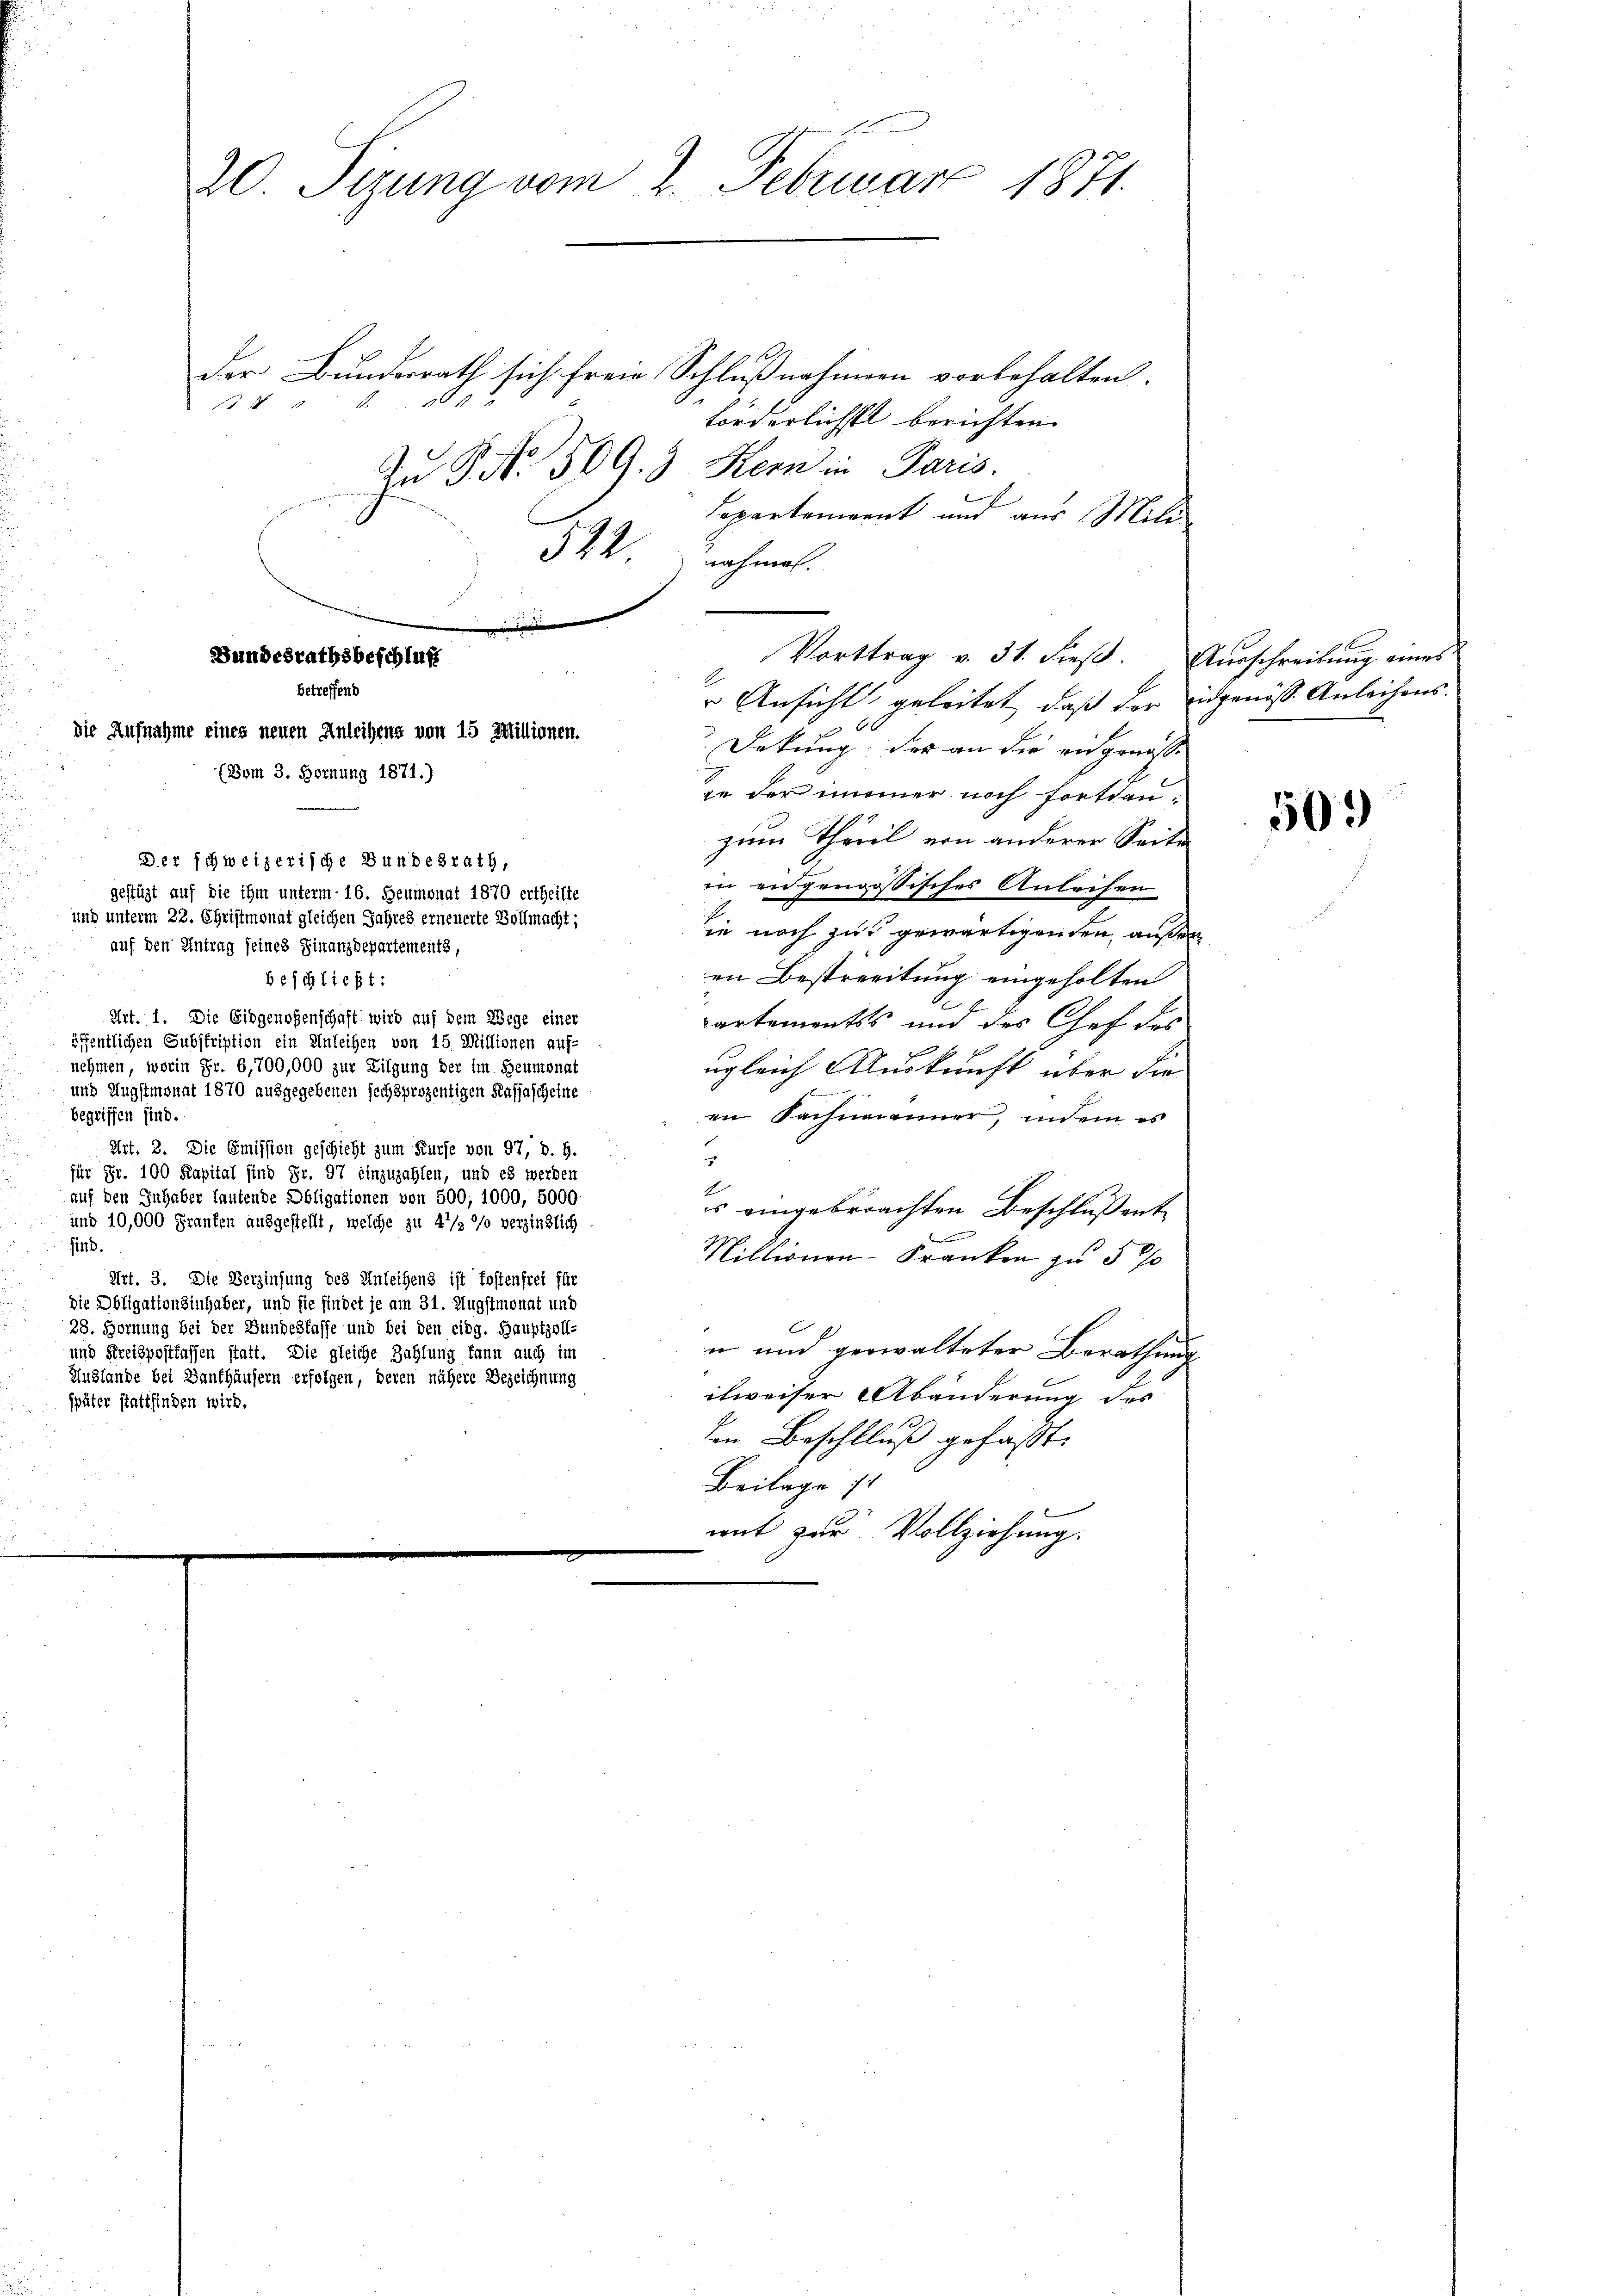
Bundesrathsbeschluß
betreffend
die Aufnahme eines neuen Anleihens von 15 Millionen.
(Bom 3. Hornung 1871.)

20. Sirung vom 2. Februar 1871.

der Bundesrath sich freie Schlußnahmen vorbehalten.
EN 2 f. 11
förderlichst berichten.
Zu P. Nr. 509. 3. Kern in Paris.
Separtement und aus Mili
522 nahmen.
 Ansicht geleitet, daß der eidgenösse Anleihens.
Dekung des an die eidgenöß
ie der immer noch fortden.
zum Theill ein anderer Seite
Der schweizerische Bundesrath,
in angenössisches Anleihen
gestüzt auf die ihm unterm 16. Heumonat 1870 ertheilte
und unterm 22. Christmonat gleichen Jahres erneuerte Vollmacht;
ie noch zu gewärtigenden, außer
auf den Antrag seines Finanzdepartements,
en Bestreitung eingeholten
beschließt:
Art. 1. Die Eidgenoßenschaft wird auf dem Wege einer
Cartements und des Chef des
öffentlichen Subskription ein Anleihen von 15 Millionen auf-
nehmen, worin Fr. 6,700,000 zur Tilgung der im Heumonat
ugleich Auskunft über die
und Augstmonat 1870 ausgegebenen sechsprozentigen Kassascheine
n
begriffen sind.
en Sachmanner, indem es
Art. 2. Die Emission geschieht zum Kurse von 97, d. h.
3
für Fr. 100 Kapital sind Fr. 97 einzuzahlen, und es werden
.
auf den Inhaber lautende Obligationen von 500, 1000, 5000
es eingebrachten Beschlussent
und 10,000 Franken ausgestellt, welche zu 4 1/2 % verzinslich
sind.
Millionen-Kranken zu 5 %
Art. 3. Die Verzinsung des Anleihens ist kostenfrei für
Die Obligationsinhaber, und sie findet je am 31. Augstmonat und
28. Hornung bei der Bundesfasse und bei den eidg. Hauptzoll-
n und verwalteter Berathung
und Kreispostfassen statt. Die gleiche Zahlung kann auch im
Auslande bei Hanshäusern erfolgen, deren nähere Bezeichnung
itweiser Abänderung des
später stattfinden wird.
ten Beschluß gefaßt.
Beilage st
mit zur Vollziehung.

Vorttrag v. 31. Fieβ. Aŭsschreibung eines

509